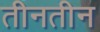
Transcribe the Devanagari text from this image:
तीनतीन